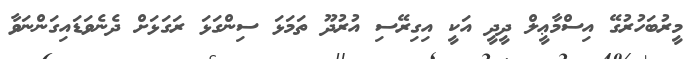
މީރުބަހުރުގޭ އިސްމާޢީލް ދީދީ އަކީ އިގިރޭސި އުރުދޫ ތަމަޅަ ސިންގަޅަ ރަގަޅަށް ދެނެވަޑައިގަންނަވާ